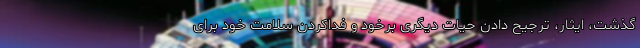
گذشت، ایثار، ترجیح دادن حیات دیگری برخود و فداکردن سلامت خود برای